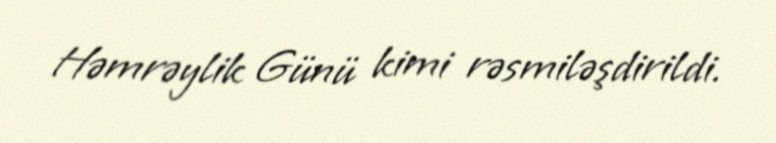
Həmrəylik Günü kimi rəsmiləşdirildi.